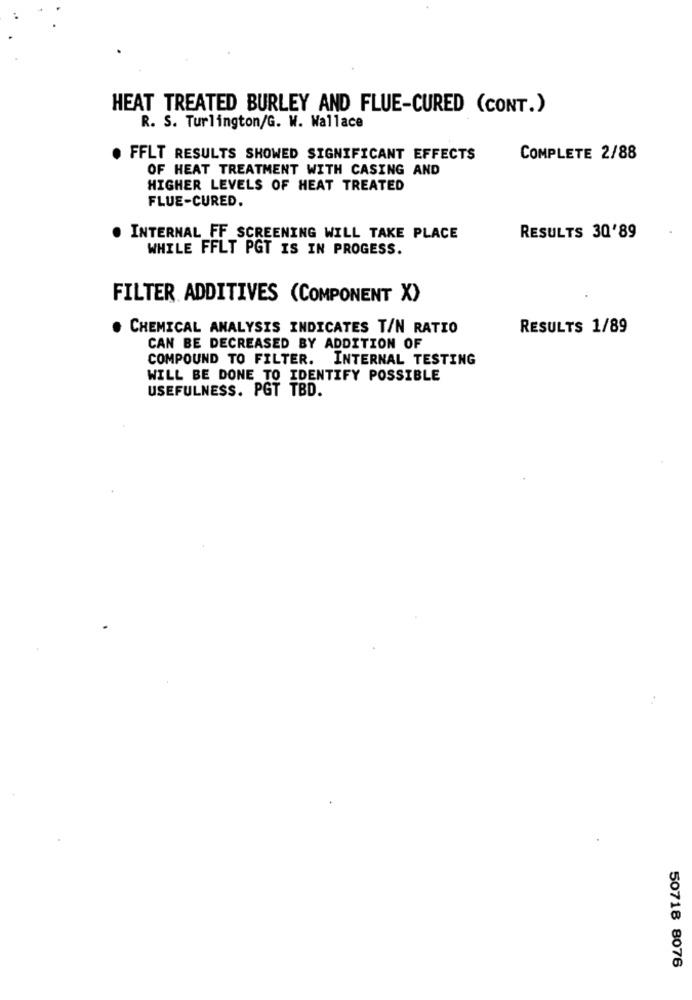
HEAT TREATED BURLEY AND FLUE-CURED (CONT.)
R. S. Turlington/G. W. Wallace
FFLT RESULTS SHOWED SIGNIFICANT EFFECTS
COMPLETE 2/88
OF HEAT TREATMENT WITH CASING AND
HIGHER LEVELS OF HEAT TREATED
FLUE-CURED.
INTERNAL_FF_SCREENING WILL TAKE PLACE
RESULTS 30'89
WHILE FFLT PGT IS IN PROGESS.
FILTER ADDITIVES (COMPONENT X)
CHEMICAL ANALYSIS INDICATES T/N RATIO
RESULTS 1/89
CAN BE DECREASED BY ADDITION OF
COMPOUND TO FILTER.
INTERNAL TESTING
WILL BE DONE TO IDENTIFY POSSIBLE
USEFULNESS. PGT TBD.
50718 8076